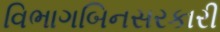
વિભાગબિનસરકારી